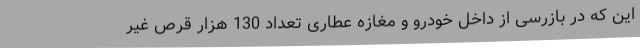
این که در بازرسی از داخل خودرو و مغازه عطاری تعداد 130 هزار قرص غیر